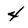
Character: 4